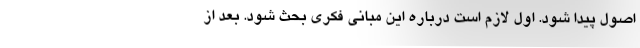
اصول پیدا شود. اول لازم است درباره این مبانی فکری بحث شود. بعد از